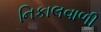
નિકાલવાળી